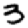
Digit: 3